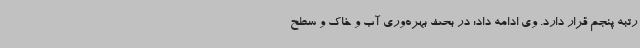
رتبه پنجم قرار دارد. وی ادامه داد: در بحث بهره‌وری آب و خاک و سطح